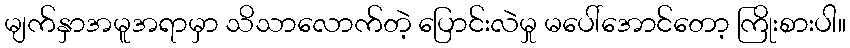
မျက်နှာအမူအရာမှာ သိသာလောက်တဲ့ ပြောင်းလဲမှု မပေါ်အောင်တော့ ကြိုးစားပါ။